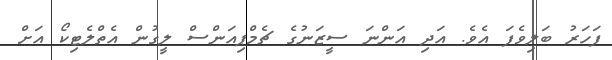
ފަހަރު ބަލިވެފަ އެވެ. އަދި އަންނަ ސީޒަނުގެ ޗެމްޕިއަންސް ލީގުން އެތްލެޓިކޯ އަށް